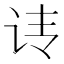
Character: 𰵕